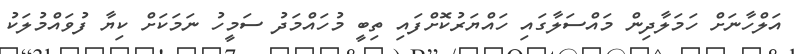
އަލްހާނަށް ހަމަލާދިން މައްސަލާގައި ހައްޔަރުކޮށްފައި ތިބީ މުހައްމަދު ސަމީހު ނަމަކަށް ކިޔާ ފުވައްމުލަކު